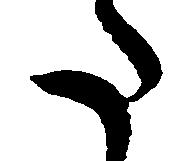
た